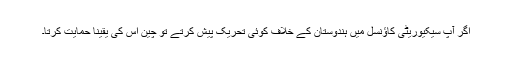
اگر آپ سیکیوریٹی کاؤنسل میں ہندوستان کے خلاف کوئی تحریک پیش کرتے تو چین اس کی یقیناً حمایت کرتا۔